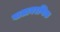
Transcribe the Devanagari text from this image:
वातावरणिक